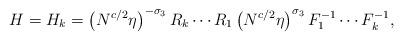
LaTeX: \begin{align*}H=H_k=\left(N^{c/2} \eta\right)^{-\sigma_3} R_k\cdots R_1\left(N^{c/2} \eta\right)^{\sigma_3} F_1^{-1}\cdots F_k^{-1},\end{align*}